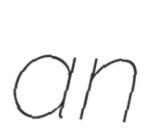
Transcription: an